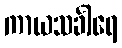
ကာယသင်္ခါရေ